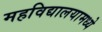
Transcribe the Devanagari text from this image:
महविद्यालयामध्ये